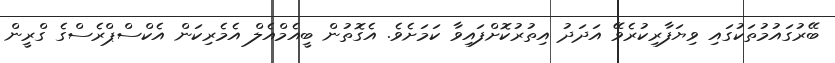
ބޭރުގައުމުތަކުގައި ވިޔަފާރިކުރެވޭ އަދަދު އިތުރުކޮށްފައިވާ ކަމަށެވެ. އެގޮތުން ބީއެމްއެލް އެމެރިކަން އެކްސްޕްރެސްގެ ގްރީން